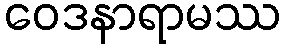
ဝေဒနာရာမဿ